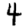
Digit: 4